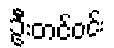
ဦးတင်ဝင်း